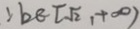
: b \in [ \sqrt { 2 } , + \infty )